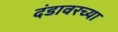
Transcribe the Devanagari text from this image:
दंडावरच्या